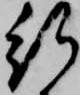
行